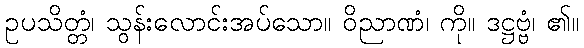
ဥပသိတ္တံ၊ သွန်းလောင်းအပ်သော။ ဝိညာဏံ၊ ကို။ ဒဋ္ဌဗ္ဗံ၊ ၏။